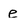
Character: e